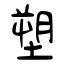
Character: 塑